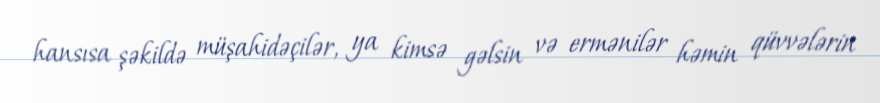
hansısa şəkildə müşahidəçilər, ya kimsə gəlsin və ermənilər həmin qüvvələrin